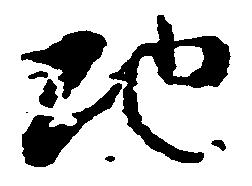
地